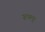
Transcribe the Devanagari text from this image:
रूपम्।